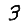
Digit: 3